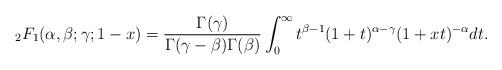
LaTeX: \begin{align*} {_2F_1}(\alpha,\beta;\gamma;1-x) = \frac{\Gamma(\gamma)}{\Gamma(\gamma-\beta)\Gamma(\beta)}\int_0^\infty t^{\beta-1}(1+t)^{\alpha-\gamma}(1+xt)^{-\alpha} dt.\end{align*}